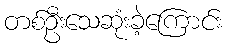
တစ်ဦးသေဆုံးခဲ့ကြောင်း